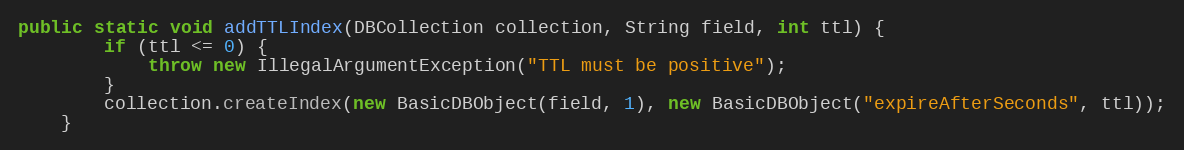
Language: Java
public static void addTTLIndex(DBCollection collection, String field, int ttl) {
        if (ttl <= 0) {
            throw new IllegalArgumentException("TTL must be positive");
        }
        collection.createIndex(new BasicDBObject(field, 1), new BasicDBObject("expireAfterSeconds", ttl));
    }